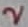
Text: 2